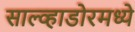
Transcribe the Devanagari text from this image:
साल्व्हाडोरमध्ये